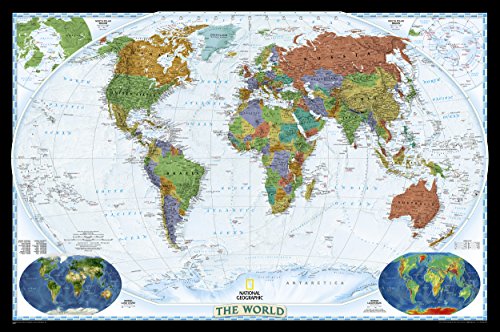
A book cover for World Decorator [Laminated] (National Geographic Reference Map); National Geographic Maps - Reference; Reference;